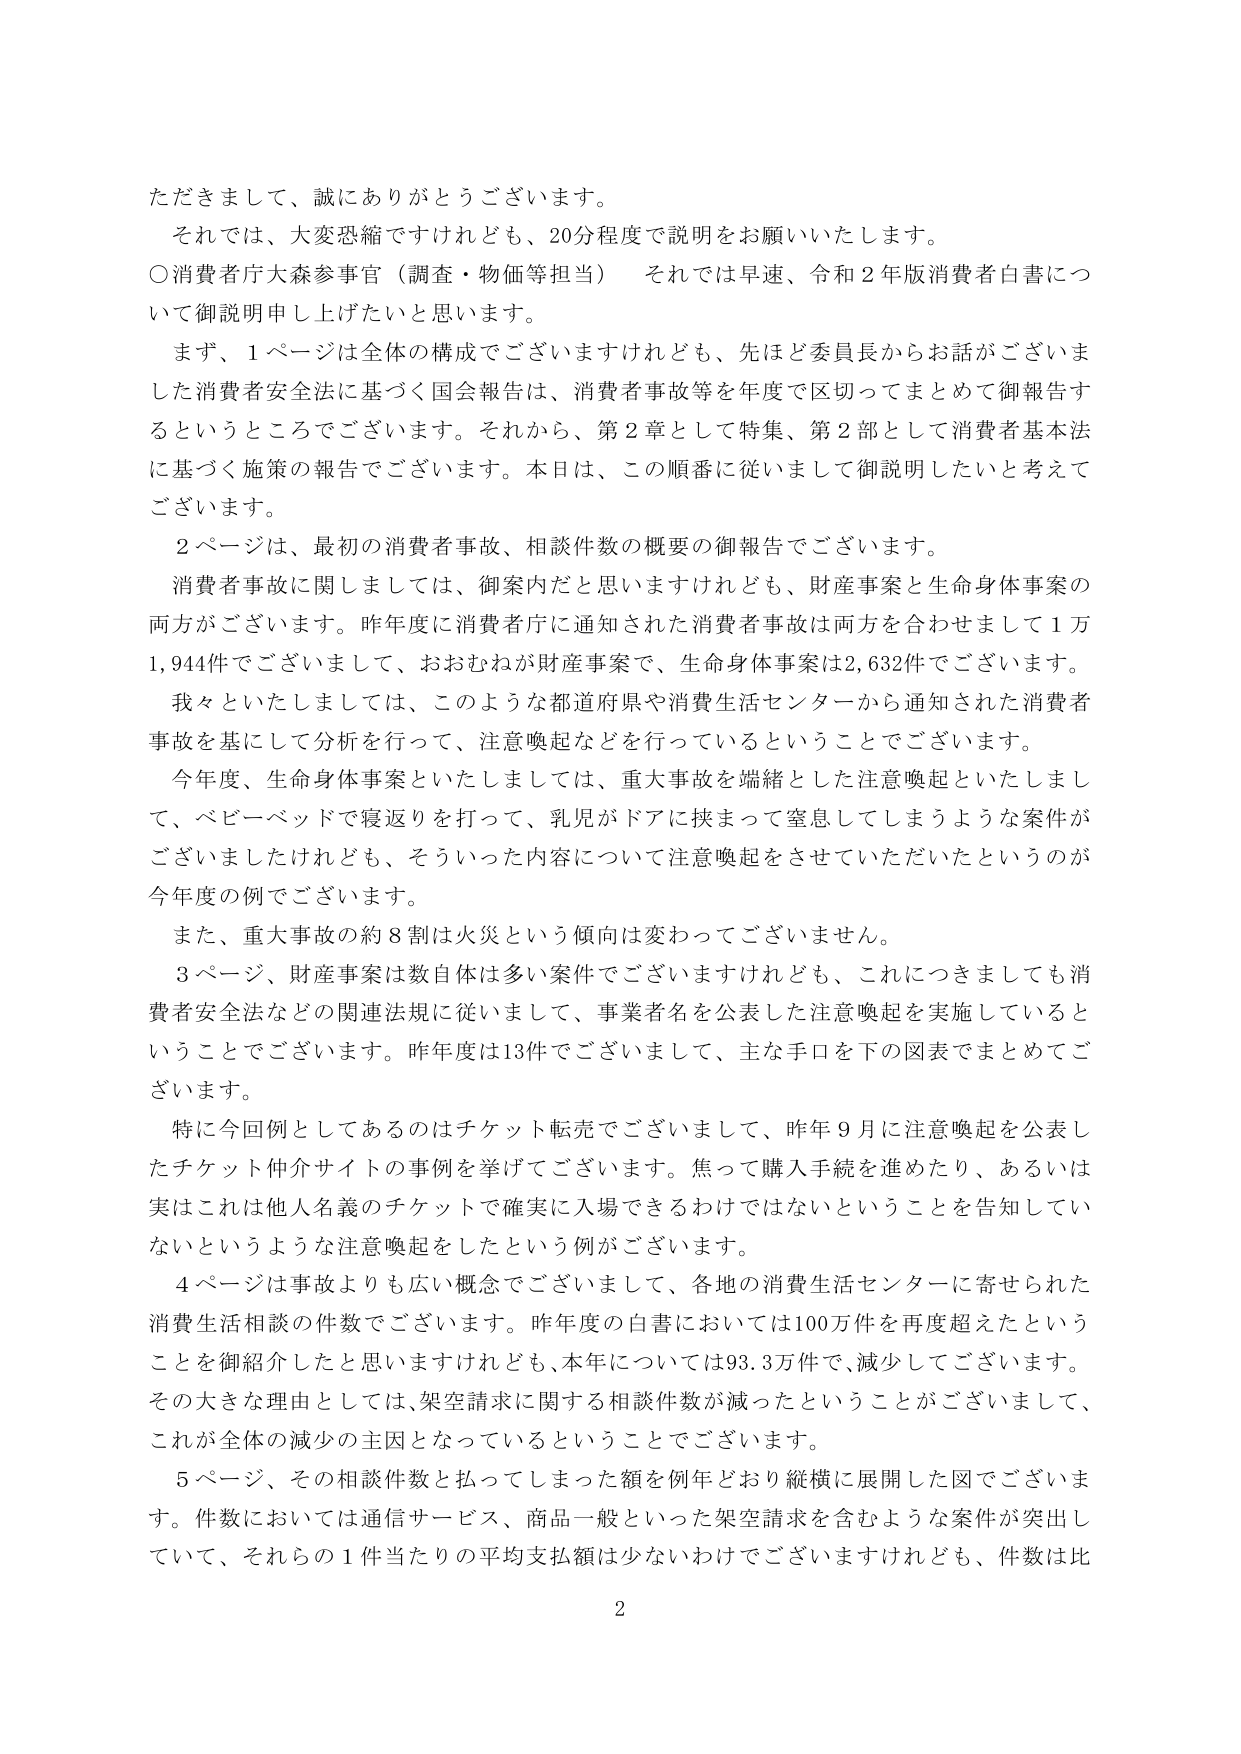
ただきまして、誠にありがとうございます。
それでは、大変恐縮ですけれども、20分程度で説明をお願いいたします。
〇消費者庁大森参事官（調査・物価等担当）　それでは早速、令和２年版消費者白書について御説明申し上げたいと思います。
まず、１ページは全体の構成でございますけれども、先ほど委員長からお話ございました消費者安全法に基づく国会報告は、消費者事故等を年度で区切ってまとめて御報告するというところでございます。それから、第２章として特集、第２部として消費者基本法に基づく施策の報告でございます。本日は、この順番に従いまして御説明したいと考えております。
２ページは、最初の消費者事故、相談件数の概要の御報告でございます。
消費者事故に関しましては、御案内だと思いますけれども、財産事案と生命身体事案の両方がございます。昨年度に消費者庁に通知された消費者事故は両方を合わせまして１万1,944件でございまして、おおむねが財産事案で、生命身体事案は2,632件でございます。
我々といたしましては、このような都道府県や消費生活センターから通知された消費者事故を基にして分析を行って、注意喚起などを行っているということでございます。
今年度、生命身体事案といたしましては、重大事故を端緒とした注意喚起といたしまして、ベビーベッドで寝返りを打って、乳児がドアに挟まって窒息してしまうような案件がございましたけれども、そういった内容について注意喚起をさせていただいたというのが今年度の例でございます。
また、重大事故の約８割は火災という傾向は変わってございません。
３ページ、財産事案は数自体は多い案件でございますけれども、これにつきましても消費者安全法などの関連法規に従いまして、事業者名を公表した注意喚起を実施しているということでございます。昨年度は13件でございまして、主な手口を下の図表でまとめてございます。
特に今回例としてあるのはチケット転売でございまして、昨年９月に注意喚起を公表したチケット仲介サイトの事例を挙げてございます。焦って購入手続きを進めたり、あるいは実はこれは他人名義のチケットで確実に入場できるわけではないということを告知していないというような注意喚起をしたという例がございます。
４ページは事故よりも広い概念でございまして、各地の消費生活センターに寄せられた消費生活相談の件数でございます。昨年度の白書においては100万件を再度超えたということを御紹介したと思いますけれども、本年については93.3万件で、減少しております。その大きな理由としては、架空請求に関する相談件数が減ったということがございまして、これが全体の減少の主因となっているということでございます。
５ページ、その相談件数と払ってしまった額を例年どおり縦横に展開した図でございます。件数においては通信サービス、商品一般といった架空請求を含むような案件が突出していて、それらの１件当たりの平均支払額は少ないわけではございますけれども、件数は比
2